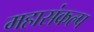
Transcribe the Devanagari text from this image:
महासंकल्प